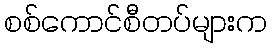
စစ်ကောင်စီတပ်များက